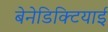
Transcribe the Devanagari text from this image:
बेनेडिक्टियाई